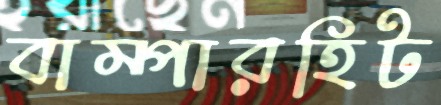
বাম্পারহিট